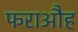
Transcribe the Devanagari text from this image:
फराऔह